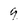
Character: 9